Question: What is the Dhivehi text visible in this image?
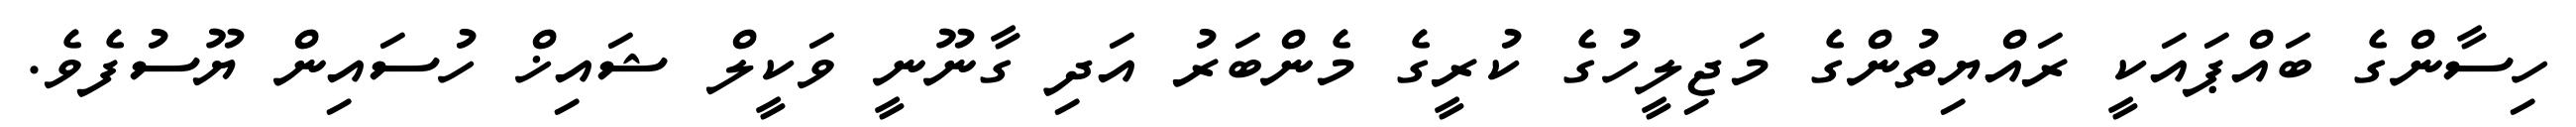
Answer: ހިސާންގެ ބައްޕައަކީ ރައްޔިތުންގެ މަޖިލީހުގެ ކުރީގެ މެންބަރު އަދި ގާނޫނީ ވަކީލް ޝައިޚް ހުސައިން ޔޫސުފެވެ.